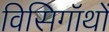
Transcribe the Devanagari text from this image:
विसिगॉथों